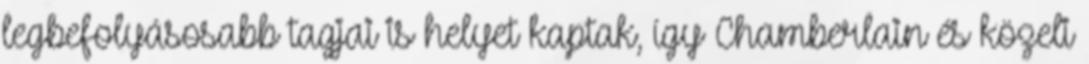
legbefolyásosabb tagjai is helyet kaptak, így Chamberlain és közeli